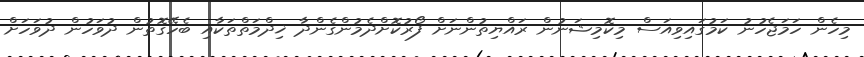
މިހެން ހަމަޖެހުނު ކަމުގައިވިއަސް މިކޮމިޝަނުން ރައްޔިތުންނަށް ފޯރުކޮށްދެމުންގެންދާ ޚިދްމަތްތަކާއި ބެހޭގޮތުން ދުވަހުން ދުވަހަށް